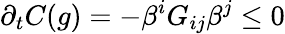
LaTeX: \partial_{t}C(g)=-\beta^{i}G_{ij}\beta^{j}\le 0